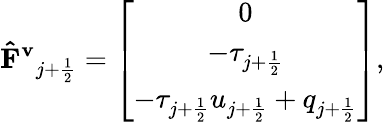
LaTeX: \mathbf{\hat{F}^{v}}_{j+\frac{1}{2}}=\left[\begin{array}{c}{0}\\ {-\tau_{j+\frac{1}{2}}}\\ {-\tau_{j+\frac{1}{2}}u_{j+\frac{1}{2}}+q_{j+\frac{1}{2}}}\end{array}\right],